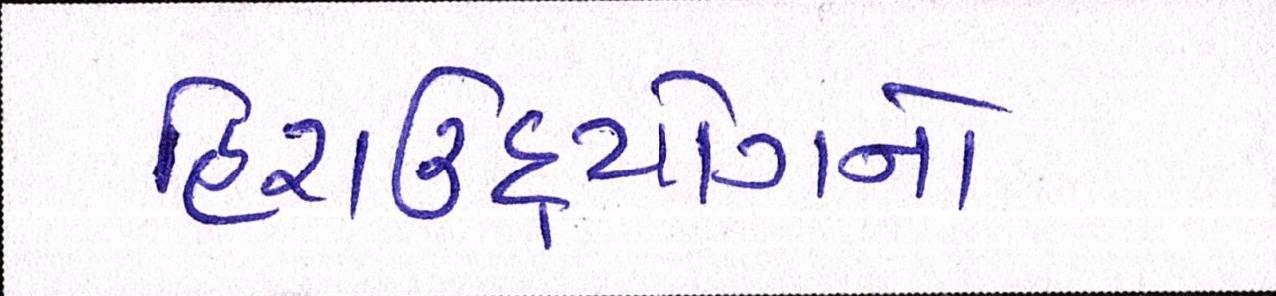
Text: હિરાઉદ્યોગનો